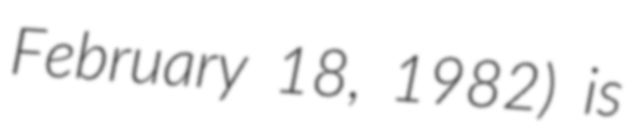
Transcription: February 18, 1982) is